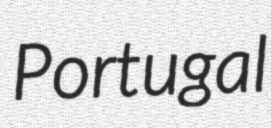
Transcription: Portugal